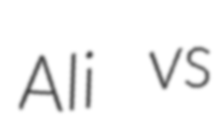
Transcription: Ali vs